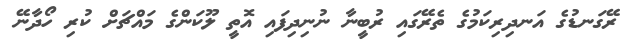
ރޭގަނޑުގެ އަނދިރިކަމުގެ ތެރޭގައި ރުބީނާ ނުނިދިފައި އޮތީ ލޫކަންގެ މައްޗަށް ކުރި ހޯދާނޭ